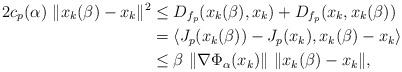
LaTeX: \begin{align*} 2 c_p (\alpha) ~ \|x_k(\beta) - x_k\|^{2} & \leq D_{f_p} (x_k(\beta), x_k) + D_{f_p} (x_k, x_k(\beta))\\ & = \langle J_p (x_k (\beta)) - J_{p}(x_k), x_k(\beta) - x_k \rangle \\ & \leq \beta ~ \|\nabla \Phi_{\alpha} (x_k) \| ~ \| x_k(\beta) - x_k \|, \end{align*}